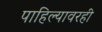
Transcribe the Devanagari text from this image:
पाहिल्यावरही